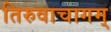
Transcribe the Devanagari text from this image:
तिरुवाचागम्‌